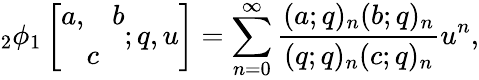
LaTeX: {_2}\phi_{1}\left[\begin{array}{c}{{\begin{array}{cc}{{a,}}&{{b}}\end{array}}}\\ {{c}}\end{array};q,u\right]=\sum_{n=0}^{\infty}\frac{(a;q)_{n}(b;q)_{n}}{(q;q)_{n}(c;q)_{n}}u^{n},